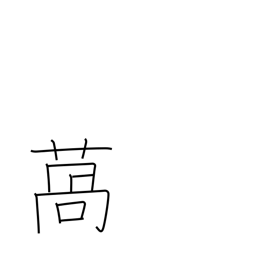
Meaning: lettuce